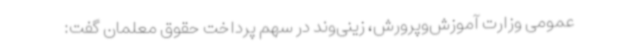
عمومی وزارت آموزش‌وپرورش، زینی‌وند در سهم پرداخت حقوق معلمان گفت: